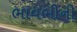
ભાવભીની